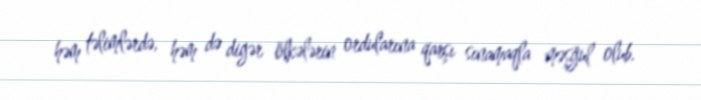
həm təlimlərdə, həm də digər ölkələrin ordularına qarşı sınamaqla məşğul olub.